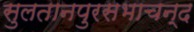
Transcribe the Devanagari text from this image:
सुलतानपुरसभाचन्द